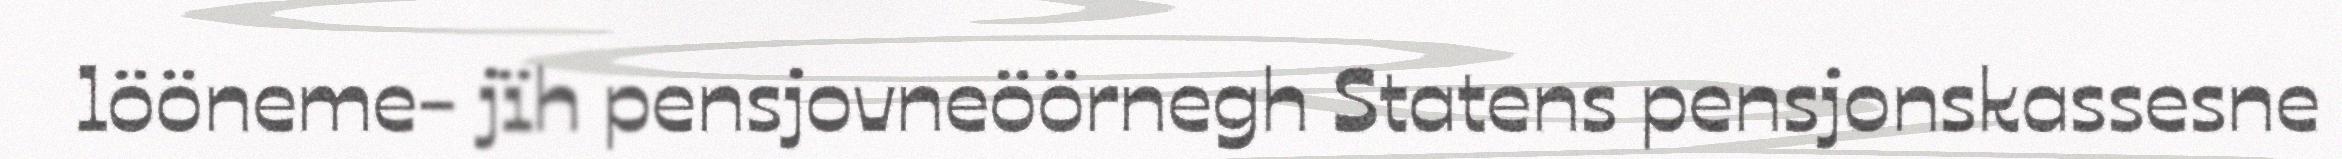
lööneme- jïh pensjovneöörnegh Statens pensjonskassesne